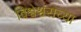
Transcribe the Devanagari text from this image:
विश्वेश्वराच्या